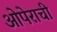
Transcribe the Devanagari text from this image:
ओपेराची